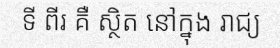
ទី ពីរ គឺ ស្ថិត នៅក្នុង រាជ្យ